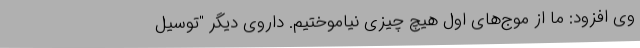
وی افزود: ما از موج‌های اول هیچ چیزی نیاموختیم. داروی دیگر "توسیل